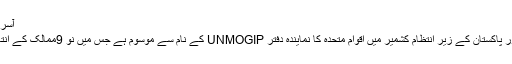
آسرا اور مظلومیت کی نشانی کانگری
ہندوستان کے زیر انتظام کشمیر اور پاکستان کے زیر انتظام کشمیر میں اقوام متحدہ کا نمایندہ دفتر UNMOGIP کے نام سے موسوم ہے جس میں نو 9ممالک کے انتالیس39 نمایندہ حاضر رہتے ہیں ۔